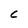
Character: c